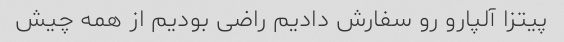
پیتزا آلپارو رو سفارش دادیم راضی بودیم از همه چیش